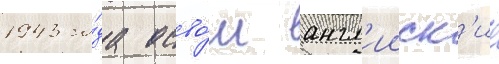
1943 го́да осво́ил англ'ииск'ие